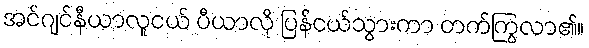
အင်ဂျင်နီယာလူငယ် ပီယာလို ပြန်ငယ်သွားကာ တက်ကြွလာ၏။